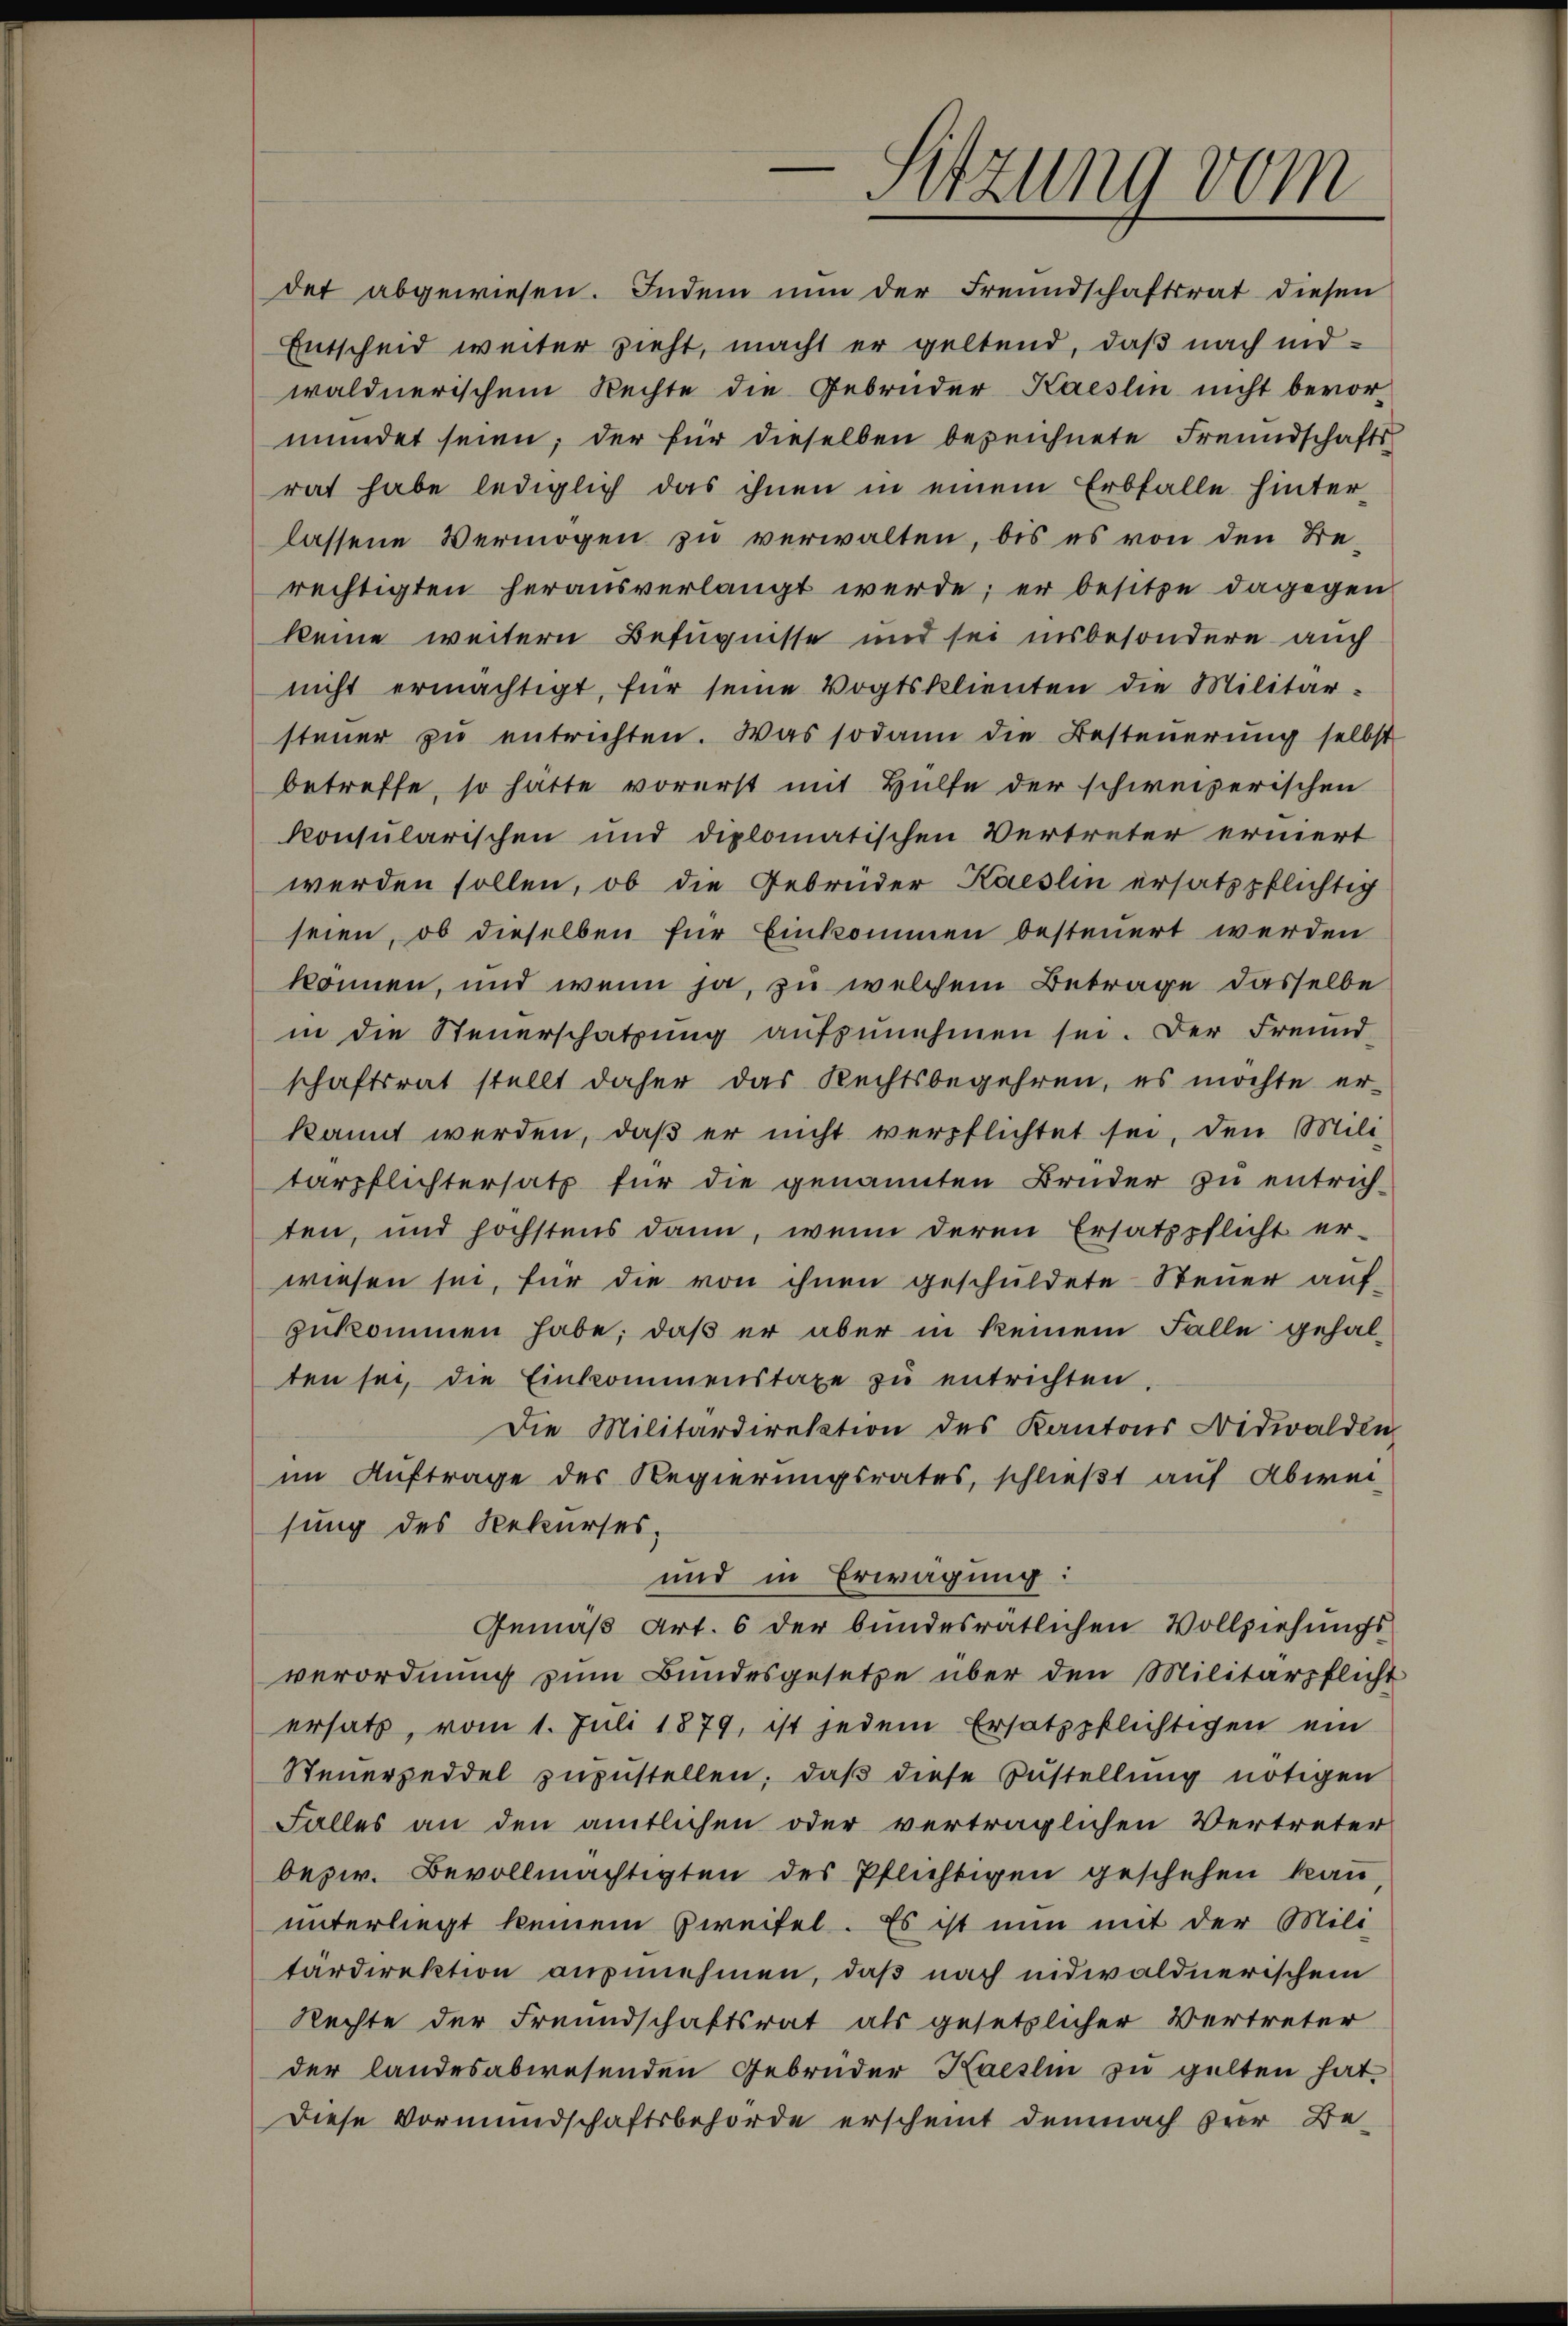
Sitzung vom

det abgewiesen. Indem nun der Freundschaftsrat diesen
Entscheid weiter zieht, macht er geltend, daß nach indwaldnerischem Rechte die Gebrüder Kaeslin nicht bevormündet seien; der für dieselben bezeichnete Freundschafts-
rat habe lediglich das ihnen in einem Erbfalle hinterlassene Vermögen zu verwalten, bis es von den Berechtigten herausverlangt werde; er besitze dagegen
keine weitern Befugnisse und sei insbesondere auch
nicht ermächtigt, für seine Vogtsklienten die Militärsteŭer zŭ entrichten. Was sodann die Besteŭerŭng selbst
betreffe, so hätte vorerst mit Hülfe der schweizerischen
konsularischen und diplomatischen Vertreter erniert
werden sollen, ob die Gebrüder Kaeslin ersatzpflichtig
seien, ob dieselben für Einkommen besteuert werden
können, und wenn ja, zu welchem Betrage dasselbe
in die Steŭerschatzŭng aŭfzŭnehmen sei. Der Freund-
schaftsrat stellt daher das Rechtsbegehren, es möchte erkannt werden, daß er nicht verpflichtet sei, den Mili-
tärpflichtersatz für die genannten Brüder zu entrichten, und höchstens dann, wenn deren Ersatzpflicht er-
wiesen sei, für die von ihnen geschuldete Steuer auf-
zukommen habe; daß er aber in keinem Falle gehalten sei, die Einkommenstaxe zu entrichten
Die Militärdirektion des Kantons Nidwalden
im Auftrage des Regierungsrates, schließt auf Abwei-
sung des Rekurses,
und in Erwägung:
Gemäß Art. 6 der bundesrätlichen Vollziehungs
verordnung zŭm Bundesgesetze über den Militärpflicht
ersatz, vom 1. Juli 1879, ist jedem Ersatzpflichtigen ein
Steuerzeddel zuzustellen, daß diese Zustellung nötigen
Falles an den amtlichen oder verträglichen Vertreter
bezw. Bevollmächtigten des Pflichtigen geschehen kann,
unterliegt keinem Zweifel. Es ist nun mit der Mili-
tärdirektion ausnehmen, daß nach nidwaldnerischem
Rechte der Freundschaftsrat als gesetzlicher Vertreter
der landesabwesenden Gebrüder Haeslin zu gelten hat.
Diese Vormundschaftsbehörde erscheint demnach der Be-